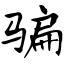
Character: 骗